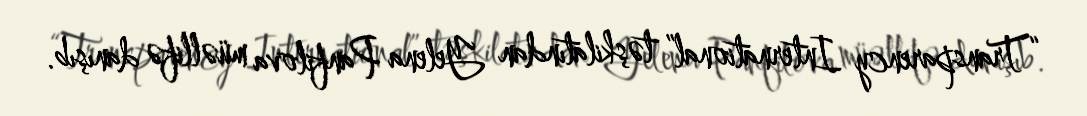
“Transparency International” təşkilatından Yelena Panfilova müəllifə danışıb.